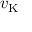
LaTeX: v _ { \mathrm { K } }